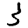
Digit: 3